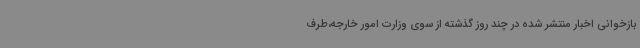
بازخوانی اخبار منتشر شده در چند روز گذشته از سوی وزارت امور خارجه،طرف